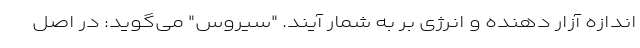
اندازه آزار دهنده و انرژی بَر به شمار آیند. "سیروس" می‌گوید: در اصل